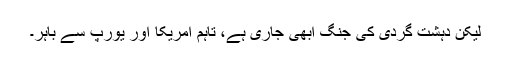
لیکن دہشت گردی کی جنگ ابھی جاری ہے، تاہم امریکا اور یورپ سے باہر۔